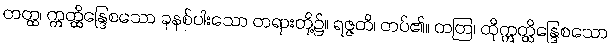
တတ္ထ၊ ဣတ္ထိန္ဒြေစသော ခုနစ်ပါးသော တရားတို့၌။ ရဇ္ဇတိ၊ တပ်၏။ တတြ၊ ထိုဣတ္ထိန္ဒြေစသော